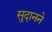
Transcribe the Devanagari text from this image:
सुदानने